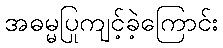
အဓမ္မပြုကျင့်ခဲ့ကြောင်း